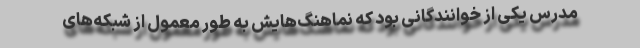
مدرس یکی از خوانندگانی بود که نماهنگ‌هایش به طور معمول از شبکه‌های